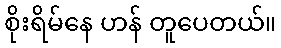
စိုးရိမ်နေ ဟန် တူပေတယ်။